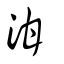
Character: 泔